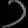
Digit: ၁